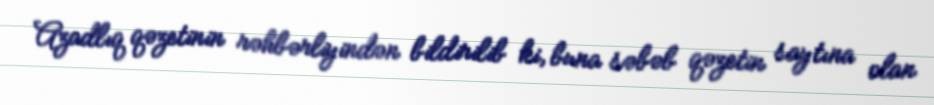
Azadlıq qəzetinin rəhbərliyindən bildirilib ki, buna səbəb qəzetin saytına olan